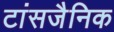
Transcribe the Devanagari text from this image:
टांसजैनिक